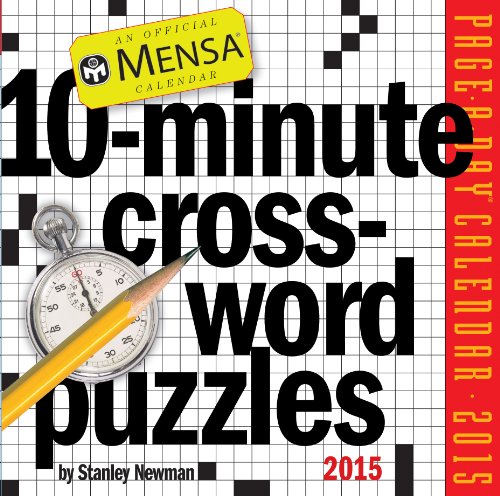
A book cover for Mensa 10-Minute Crossword Puzzles 2015 Page-A-Day Calendar; Stanley Newman; Calendars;